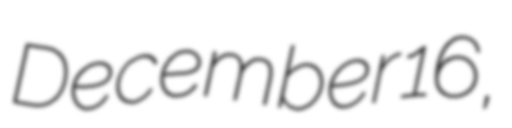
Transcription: December 16,